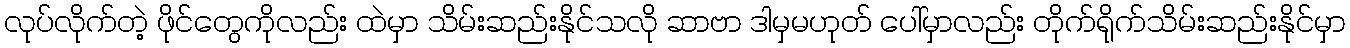
လုပ်လိုက်တဲ့ ဖိုင်တွေကိုလည်း ထဲမှာ သိမ်းဆည်းနိုင်သလို ဆာဗာ ဒါမှမဟုတ် ပေါ်မှာလည်း တိုက်ရိုက်သိမ်းဆည်းနိုင်မှာ